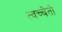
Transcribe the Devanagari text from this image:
त्वच्चेतो